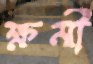
ক্ষমী